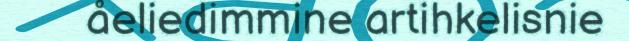
åeliedimmine artihkelisnie